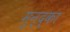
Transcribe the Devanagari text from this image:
मुन्द्का